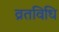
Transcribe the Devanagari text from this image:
व्रतविधि